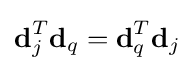
{\textbf {d}}_{j}^{T}{\textbf {d}}_{q}={\textbf {d}}_{q}^{T}{\textbf {d}}_{j}